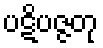
ပဋိပဇ္ဇတု